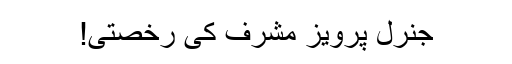
جنرل پرویز مشرف کی رخصتی!